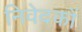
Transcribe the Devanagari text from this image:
निवेदकों